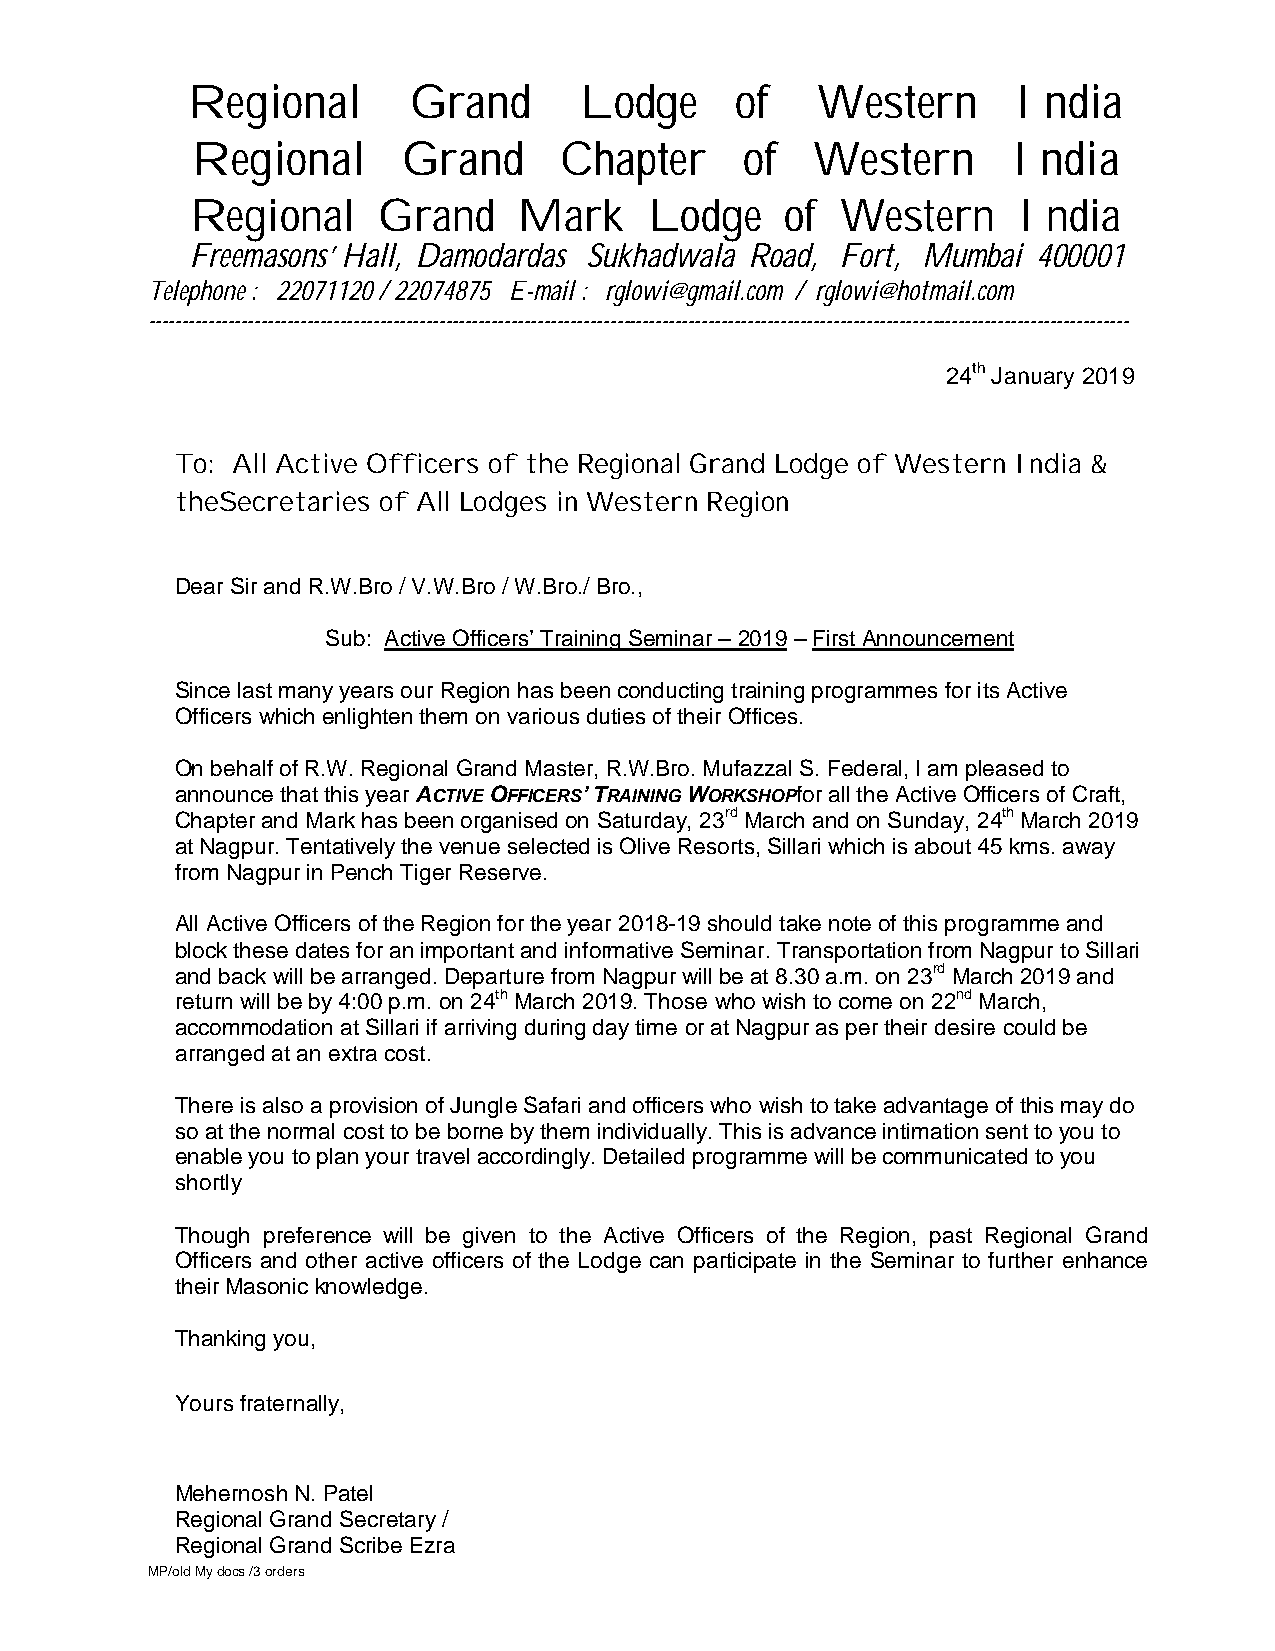
Regional       Grand      Lodge      of   Western      India
 Regional      Grand     Chapter     of   Western      India
 Regional     Grand    Mark     Lodge    of  Western    India
 Freemasons’ Hall, Damodardas Sukhadwala Road, Fort, Mumbai 400001
 Telephone : 22071120 / 22074875 E-mail : rglowi@gmail.com / rglowi@hotmail.com
 -----------------------------------------------------------------------------------------------------------------------------------------------------
 24th January 2019
 To: All Active Officers of the Regional Grand Lodge of Western India &
 theSecretaries of All Lodges in Western Region
 Dear Sir and R.W.Bro / V.W.Bro / W.Bro./ Bro.,
 Sub: Active Officers’ Training Seminar – 2019 – First Announcement
 Since last many years our Region has been conducting training programmes for its Active
 Officers which enlighten them on various duties of their Offices.
 On behalf of R.W. Regional Grand Master, R.W.Bro. Mufazzal S. Federal, I am pleased to
 announce that this year ACTIVE OFFICERS’ TRAINING WORKSHOPfor all the Active Officers of Craft,
 Chapter and Mark has been organised on Saturday, 23rd March and on Sunday, 24th March 2019
 at Nagpur. Tentatively the venue selected is Olive Resorts, Sillari which is about 45 kms. away
 from Nagpur in Pench Tiger Reserve.
 All Active Officers of the Region for the year 2018-19 should take note of this programme and
 block these dates for an important and informative Seminar. Transportation from Nagpur to Sillari
 and back will be arranged. Departure from Nagpur will be at 8.30 a.m. on 23rd March 2019 and
 return will be by 4:00 p.m. on 24th March 2019. Those who wish to come on 22nd March,
 accommodation at Sillari if arriving during day time or at Nagpur as per their desire could be
 arranged at an extra cost.
 There is also a provision of Jungle Safari and officers who wish to take advantage of this may do
 so at the normal cost to be borne by them individually. This is advance intimation sent to you to
 enable you to plan your travel accordingly. Detailed programme will be communicated to you
 shortly
 Though preference will be given to the Active Officers of the Region, past Regional Grand
 Officers and other active officers of the Lodge can participate in the Seminar to further enhance
 their Masonic knowledge.
 Thanking you,
 Yours fraternally,
 Mehernosh N. Patel
 Regional Grand Secretary /
 Regional Grand Scribe Ezra
 MP/old My docs /3 orders